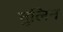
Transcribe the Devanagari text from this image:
वुलिन